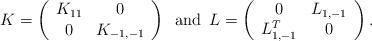
LaTeX: \begin{align*}K=\left( \begin{array}{cc} K_{11} & 0 \\ 0 & K_{-1,-1} \end{array} \right)\, \, \, \mbox{and} \, \, \, L=\left( \begin{array}{cc} 0 & L_{1,-1} \\ L_{1,-1}^T & 0 \end{array}\right).\end{align*}